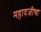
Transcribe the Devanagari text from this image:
महादजीचा